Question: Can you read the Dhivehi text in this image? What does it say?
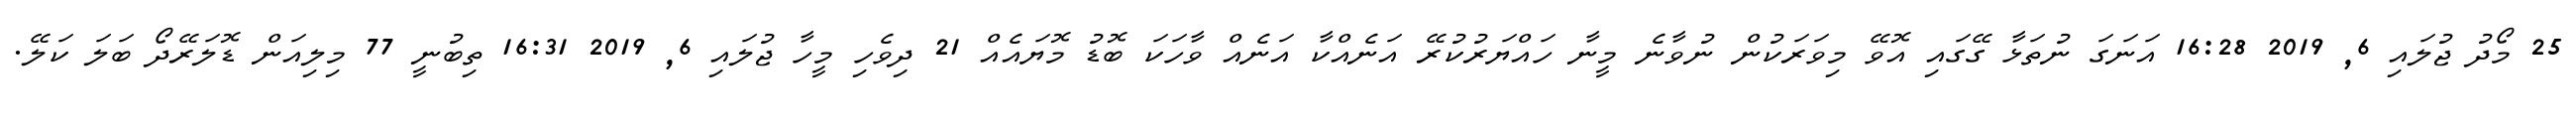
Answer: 25 މޯދު ޖުލައި 6, 2019 16:28 އަނަގަ ނުތަޅާ ގޭގައި އޮވޭ މިވަރަކުން ނުވާނެ މީނާ ހައްޔަރުކުރޭ އަނެއްކާ އަނެއް ވާހަކަ ބޮޑު މޮޔައެއް 21 ދިވެހި މީހާ ޖުލައި 6, 2019 16:31 ތިބުނީ 77 މިލިއަން ޑޮލަރޭދޯ ބަލަ ކަލޭ.